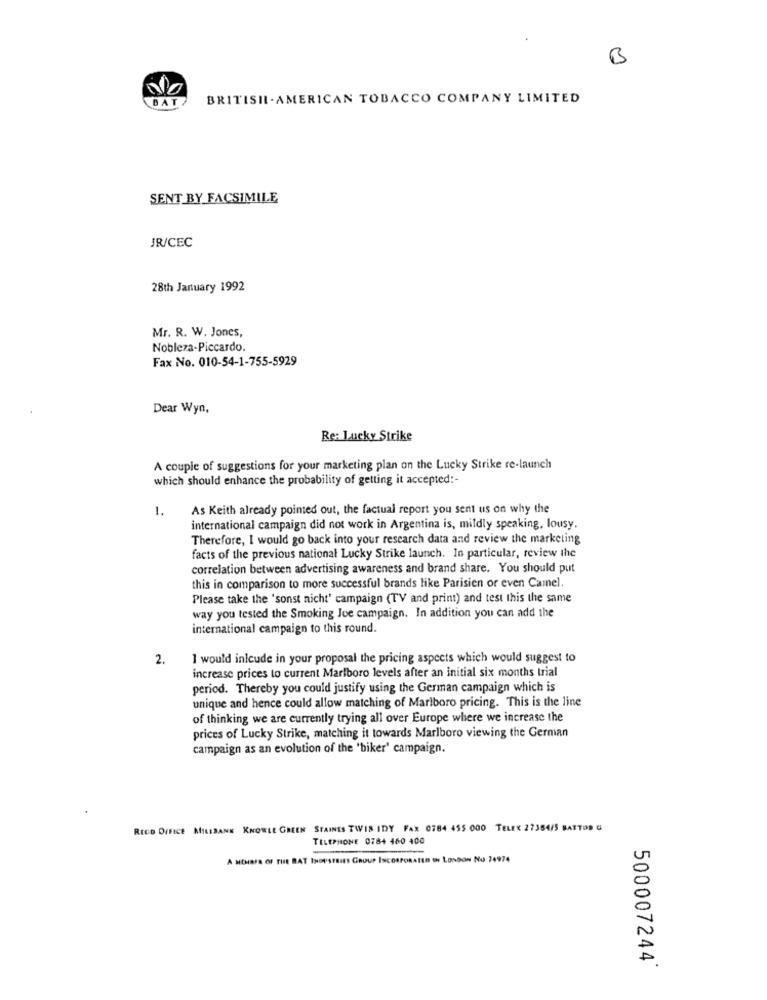
B
BAT
BRITISH. AMERICAN TOBACCO COMPANY LIMITED
SENT BY FACSIMILE
JR/CEC
28th January 1992
Mr. R. W. Jones,
Nobleza-Piccardo.
Fax No. 010-54-1-755-5929
Dear Wyn,
Re: Lucky Strike
A couple of suggestions for your marketing plan on the Lucky Strike re-launch
which should enhance the probability of getting it accepted :-
1.
As Keith already pointed out, the factual report you sent us on why the
international campaign did not work in Argentina is, mildly speaking, lousy.
Therefore, I would go back into your research data and review the marketing
facts of the previous national Lucky Strike launch. In particular, review the
correlation between advertising awareness and brand share. You should put
this in comparison to more successful brands like Parisien or even Camel.
Please take the 'sonst nicht' campaign (TV and print) and test this the same
way you tested the Smoking Joe campaign. In addition you can add the
international campaign to this round.
2.
I would inlcude in your proposal the pricing aspects which would suggest to
increase prices to current Marlboro levels after an initial six months trial
period. Thereby you could justify using the German campaign which is
unique and hence could allow matching of Marlboro pricing. This is the line
of thinking we are currently trying all over Europe where we increase the
prices of Lucky Strike, matching it towards Marlboro viewing the German
campaign as an evolution of the "biker' campaign.
REED OFFICE MILLBANK KNOWLE GREEN STAINES TWIS IDY FAX 0784 455 000 TELEX 27354/5 BATTOR G
TELEPHONE 0784 460 400
A MEMBER OF THE BAT INDUSTRIES GROUP INCORPORATED IN LONDON NO 74974
500007244'